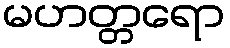
မဟတ္တရော